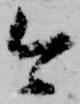
今